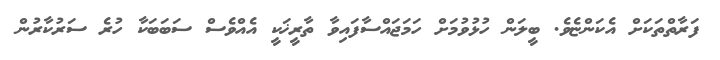
ފަރާތްތަކަށް އެކަންޏެވެ. ބީލަން ހުޅުވުމަށް ހަމަޖައްސާފައިވާ ތާރީޚަކީ އެއްވެސް ސަބަބަކާ ހުރެ ސަރުކާރުން